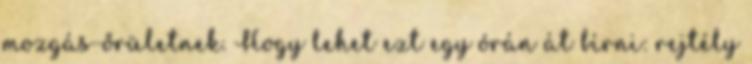
mozgás-őrületnek. Hogy lehet ezt egy órán át bírni: rejtély